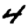
Digit: 4